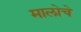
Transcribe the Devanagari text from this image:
मालोचे